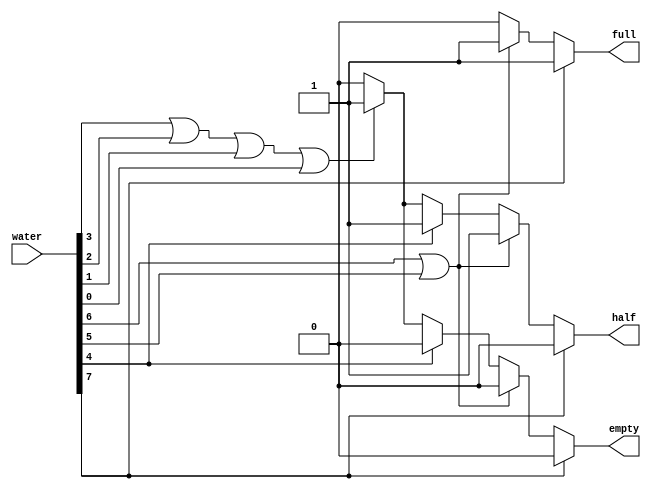
module TankLevelIndicator(input [7:0] water, 
output reg full,empty,half);
always @(*) begin 
if(water[7]) begin  // Tank level is Full
full=1;empty=0;half=0; 
end
else if (water[6]|water[5]) begin  // Tank level is about to full
full=1;empty=0;half=1;
end
else if (water[4]) begin  // Tank is half
full=0;empty=0;half=1;
end
else if (water[3]|water[2]|water[1]|water[0]) begin // Tank level is between Half or Empty
full=0;empty=1;half=1;
end
else begin //Tank level is empty
full=0;empty=0;half=0;
end
end
endmodule